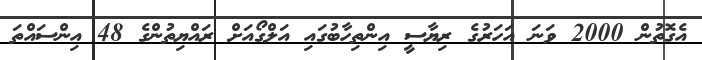
އެގޮތުން 2000 ވަނަ އަހަރުގެ ރިޔާސީ އިންތިހާބުގައި އަލްގޯއަށް ރައްޔިތުންގެ 48 އިންސައްތަ